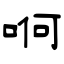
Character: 哬